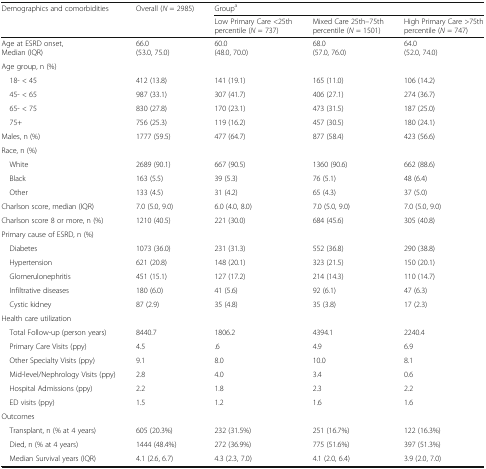
<table><thead><tr><td><b>Demographics and comorbidities</b></td><td><b>Overall (<i>N</i> = 2985)</b></td><td colspan="3"><b>Group<sup>a</sup></b></td></tr><tr><td></td><td></td><td><b>Low Primary Care &lt;25th percentile (<i>N</i> = 737)</b></td><td><b>Mixed Care 25th–75th percentile (<i>N</i> = 1501)</b></td><td><b>High Primary Care &gt;75th percentile (<i>N</i> = 747)</b></td></tr></thead><tbody><tr><td>Age at ESRD onset, Median (IQR)</td><td>66.0 (53.0, 75.0)</td><td>60.0 (48.0, 70.0)</td><td>68.0 (57.0, 76.0)</td><td>64.0 (52.0, 74.0)</td></tr><tr><td colspan="5">Age group, n (%)</td></tr><tr><td> 18- &lt; 45</td><td>412 (13.8)</td><td>141 (19.1)</td><td>165 (11.0)</td><td>106 (14.2)</td></tr><tr><td> 45- &lt; 65</td><td>987 (33.1)</td><td>307 (41.7)</td><td>406 (27.1)</td><td>274 (36.7)</td></tr><tr><td> 65- &lt; 75</td><td>830 (27.8)</td><td>170 (23.1)</td><td>473 (31.5)</td><td>187 (25.0)</td></tr><tr><td> 75+</td><td>756 (25.3)</td><td>119 (16.2)</td><td>457 (30.5)</td><td>180 (24.1)</td></tr><tr><td>Males, n (%)</td><td>1777 (59.5)</td><td>477 (64.7)</td><td>877 (58.4)</td><td>423 (56.6)</td></tr><tr><td colspan="5">Race, n (%)</td></tr><tr><td> White</td><td>2689 (90.1)</td><td>667 (90.5)</td><td>1360 (90.6)</td><td>662 (88.6)</td></tr><tr><td> Black</td><td>163 (5.5)</td><td>39 (5.3)</td><td>76 (5.1)</td><td>48 (6.4)</td></tr><tr><td> Other</td><td>133 (4.5)</td><td>31 (4.2)</td><td>65 (4.3)</td><td>37 (5.0)</td></tr><tr><td>Charlson score, median (IQR)</td><td>7.0 (5.0, 9.0)</td><td>6.0 (4.0, 8.0)</td><td>7.0 (5.0, 9.0)</td><td>7.0 (5.0, 9.0)</td></tr><tr><td>Charlson score 8 or more, n (%)</td><td>1210 (40.5)</td><td>221 (30.0)</td><td>684 (45.6)</td><td>305 (40.8)</td></tr><tr><td colspan="5">Primary cause of ESRD, n (%)</td></tr><tr><td> Diabetes</td><td>1073 (36.0)</td><td>231 (31.3)</td><td>552 (36.8)</td><td>290 (38.8)</td></tr><tr><td> Hypertension</td><td>621 (20.8)</td><td>148 (20.1)</td><td>323 (21.5)</td><td>150 (20.1)</td></tr><tr><td> Glomerulonephritis</td><td>451 (15.1)</td><td>127 (17.2)</td><td>214 (14.3)</td><td>110 (14.7)</td></tr><tr><td> Infiltrative diseases</td><td>180 (6.0)</td><td>41 (5.6)</td><td>92 (6.1)</td><td>47 (6.3)</td></tr><tr><td> Cystic kidney</td><td>87 (2.9)</td><td>35 (4.8)</td><td>35 (3.8)</td><td>17 (2.3)</td></tr><tr><td colspan="5">Health care utilization</td></tr><tr><td> Total Follow-up (person years)</td><td>8440.7</td><td>1806.2</td><td>4394.1</td><td>2240.4</td></tr><tr><td> Primary Care Visits (ppy)</td><td>4.5</td><td>.6</td><td>4.9</td><td>6.9</td></tr><tr><td> Other Specialty Visits (ppy)</td><td>9.1</td><td>8.0</td><td>10.0</td><td>8.1</td></tr><tr><td> Mid-level/Nephrology Visits (ppy)</td><td>2.8</td><td>4.0</td><td>3.4</td><td>0.6</td></tr><tr><td> Hospital Admissions (ppy)</td><td>2.2</td><td>1.8</td><td>2.3</td><td>2.2</td></tr><tr><td> ED visits (ppy)</td><td>1.5</td><td>1.2</td><td>1.6</td><td>1.6</td></tr><tr><td colspan="5">Outcomes</td></tr><tr><td> Transplant, n (% at 4 years)</td><td>605 (20.3%)</td><td>232 (31.5%)</td><td>251 (16.7%)</td><td>122 (16.3%)</td></tr><tr><td> Died, n (% at 4 years)</td><td>1444 (48.4%)</td><td>272 (36.9%)</td><td>775 (51.6%)</td><td>397 (51.3%)</td></tr><tr><td> Median Survival years (IQR)</td><td>4.1 (2.6, 6.7)</td><td>4.3 (2.3, 7.0)</td><td>4.1 (2.0, 6.4)</td><td>3.9 (2.0, 7.0)</td></tr></tbody></table>